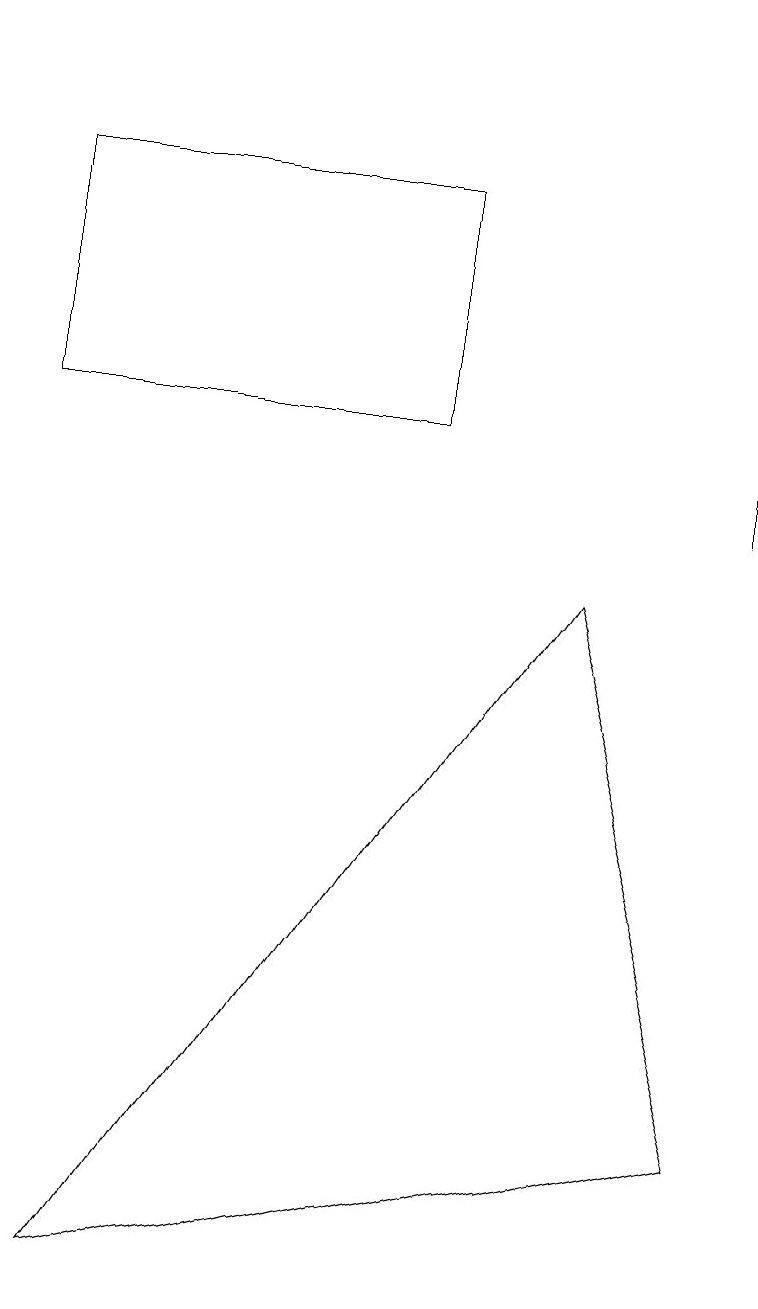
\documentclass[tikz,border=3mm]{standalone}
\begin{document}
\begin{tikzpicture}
\draw (9,10) rectangle (9,16);
\draw (9,2) -- (1,0) -- (7,9) -- cycle;
\draw (5,14) rectangle (0,11);
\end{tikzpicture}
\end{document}